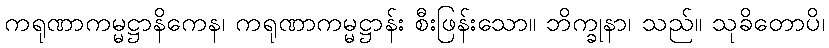
ကရုဏာကမ္မဋ္ဌာနိကေန၊ ကရုဏာကမ္မဋ္ဌာန်း စီးဖြန်းသော။ ဘိက္ခုနာ၊ သည်။ သုခိတောပိ၊